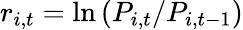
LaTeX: r_{i,t}=\ln\left(P_{i,t}/P_{i,t-1}\right)